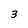
Character: 3